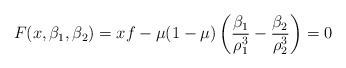
\begin{align*}F(x,\beta_1,\beta_2) = x f - \mu (1-\mu) \left(\frac{\beta_1}{\rho_1^3} -\frac{\beta_2}{\rho_2^3}\right)=0\end{align*}